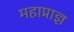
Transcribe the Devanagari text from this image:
महाप्राज्ञ